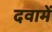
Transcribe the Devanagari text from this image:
दवामें